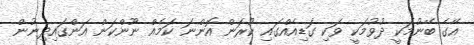
އޭގެ ބޭނުމަކީ ދުވުމަކީ ވަކި ގަޑިއެއްގައި ކުރަން އޮންނަ ކަމެއް ނޫންކަން އަންގައިދިނުން